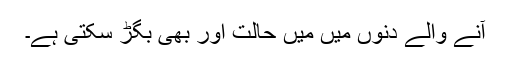
آنے والے دنوں میں میں حالت اور بھی بگڑ سکتی ہے۔